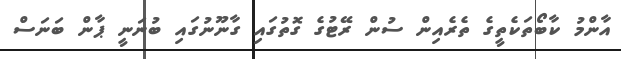
އާންމު ކާބޯތަކެތީގެ ތެރެއިން ސުން ރޭޓުގެ ގޮތުގައި ގާނޫނުގައި ބުނަނީ ޕާން ބަނަސް